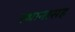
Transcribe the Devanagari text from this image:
स्थानासह